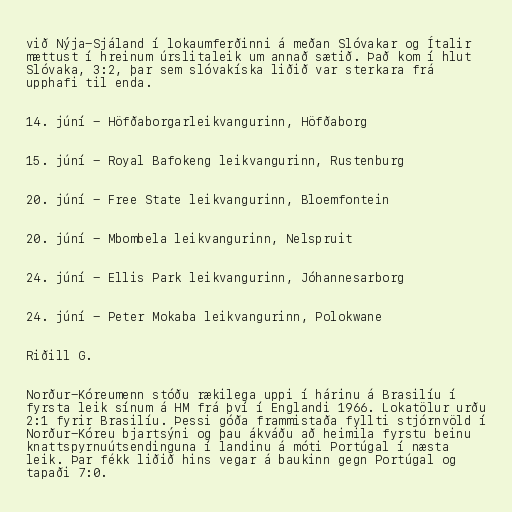
við Nýja-Sjáland í lokaumferðinni á meðan Slóvakar og Ítalir
mættust í hreinum úrslitaleik um annað sætið. Það kom í hlut
Slóvaka, 3:2, þar sem slóvakíska liðið var sterkara frá
upphafi til enda.

14. júní - Höfðaborgarleikvangurinn, Höfðaborg

15. júní - Royal Bafokeng leikvangurinn, Rustenburg

20. júní - Free State leikvangurinn, Bloemfontein

20. júní - Mbombela leikvangurinn, Nelspruit

24. júní - Ellis Park leikvangurinn, Jóhannesarborg

24. júní - Peter Mokaba leikvangurinn, Polokwane

Riðill G.

Norður-Kóreumenn stóðu rækilega uppi í hárinu á Brasilíu í
fyrsta leik sínum á HM frá því í Englandi 1966. Lokatölur urðu
2:1 fyrir Brasilíu. Þessi góða frammistaða fyllti stjórnvöld í
Norður-Kóreu bjartsýni og þau ákváðu að heimila fyrstu beinu
knattspyrnuútsendinguna í landinu á móti Portúgal í næsta
leik. Þar fékk liðið hins vegar á baukinn gegn Portúgal og
tapaði 7:0.